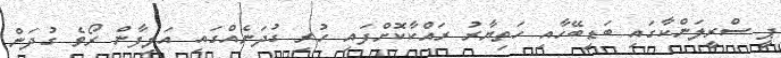
ޕީ ސްރީލަންކާގައި ބަޑިބޭހާއި ހަތިޔާރު ރައްކާކޮށްފައި ހުރި ގުދަނެއްގައި އަލިފާން ރޯވެ ގުދަން